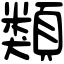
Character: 類